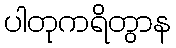
ပါတုကရိတွာန